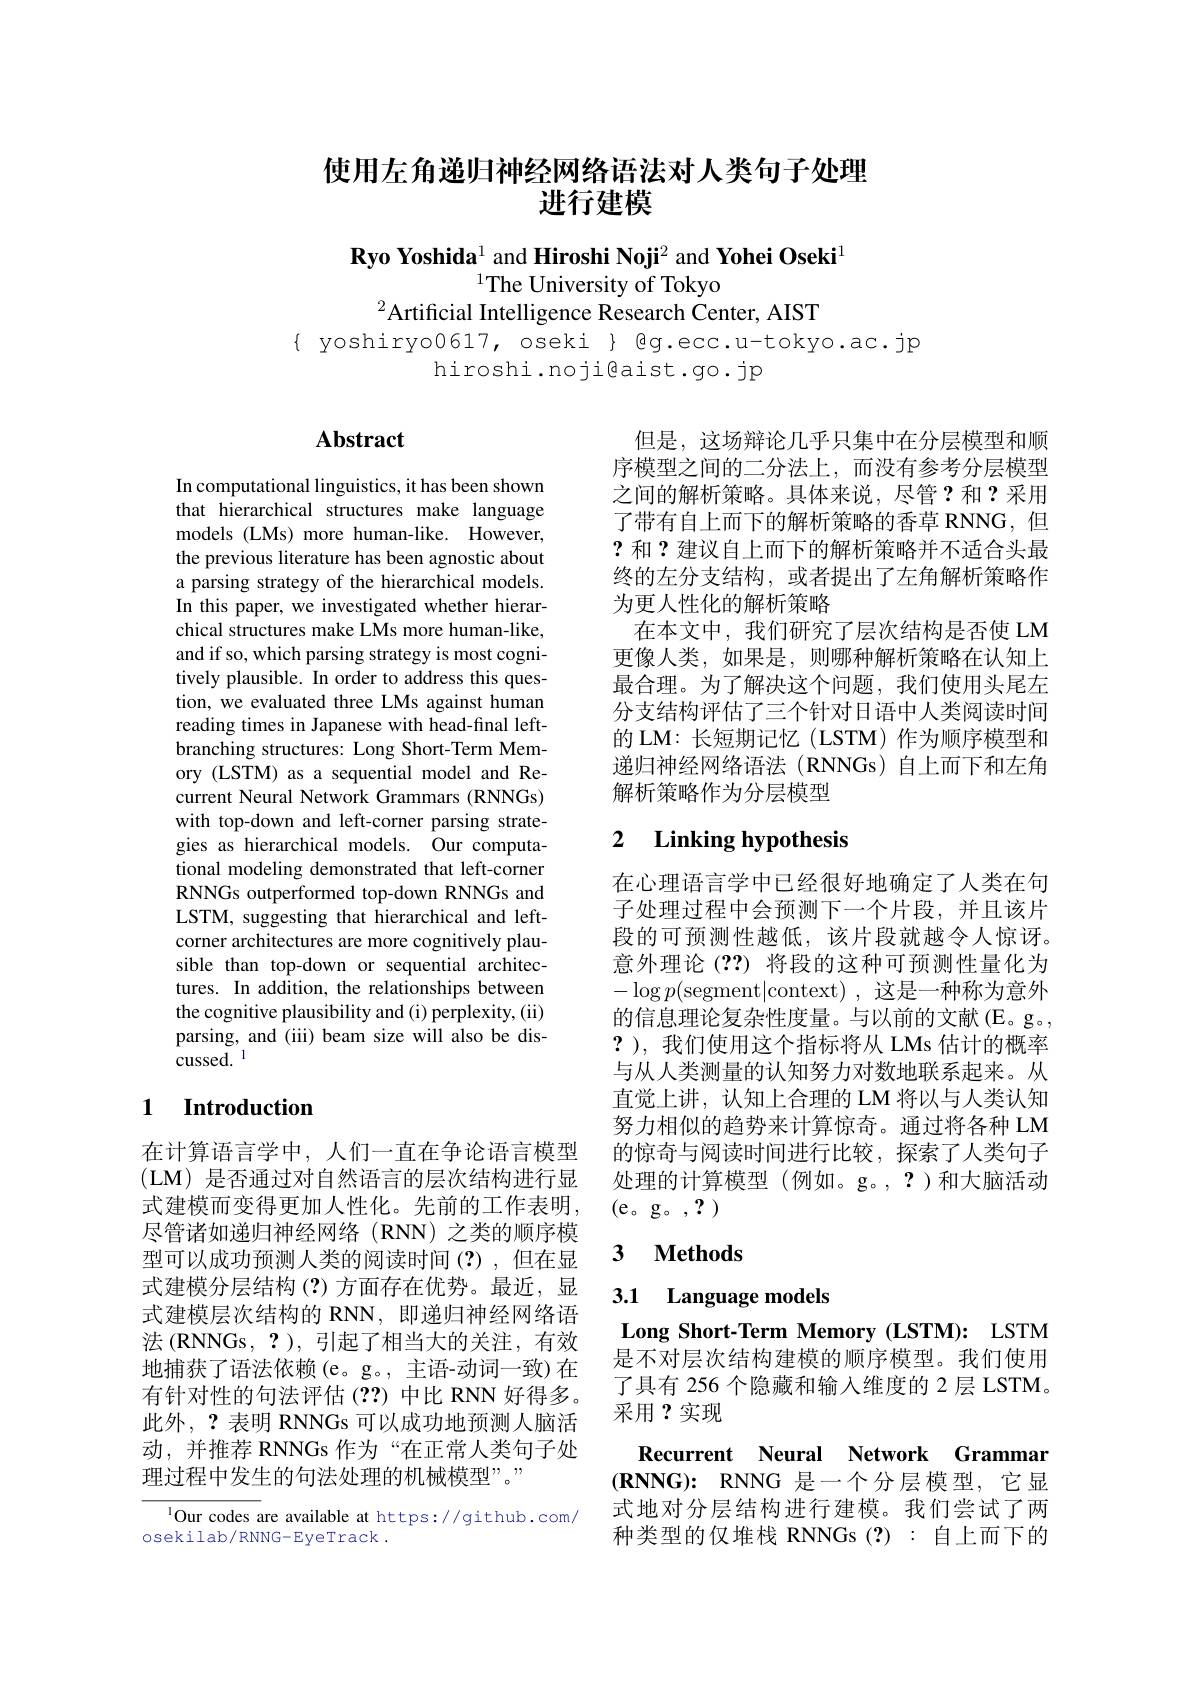
## 使用左角递归神经网络语法对人类句子处理进行建模

Ryo Yoshida$^{1}$ and Hiroshi Noji$^{2}$ and Yohei Oseki$^{1}$
$^{1}$The University of Tokyo
$^{2}$Artificial Intelligence Research Center, AIST

$\{$ yoshiryo0617, oseki $\}$ g.ecc.u-tokyo.ac.jp
hiroshi.noji@aist.go.jp

# Abstract

In computational linguistics, it has been shown that hierarchical structures make language models (LMs) more human-like. However, the previous literature has been agnostic about a parsing strategy of the hierarchical models. In this paper, we investigated whether hierarchical structures make LMs more human-like, and if so, which parsing strategy is most cognitively plausible. In order to address this question, we evaluated three LMs against human reading times in Japanese with head-final leftbranching structures: Long Short-Term Memory (LSTM) as a sequential model and Recurrent Neural Network Grammars (RNNGs) with top-down and left-corner parsing strategies as hierarchical models. Our computational modeling demonstrated that left-corner RNNGs outperformed top-down RNNGs and LSTM, suggesting that hierarchical and leftcorner architectures are more cognitively plausible than top-down or sequential architectures. In addition, the relationships between the cognitive plausibility and (i) perplexity, (ii) parsing, and (iii) beam size will also be dis- $cussed.^1$

### 1 $\textbf{Introduction}$

在计算语言学中，人们一直在争论语言模型(LM) 是否通过对自然语言的层次结构进行显式建模而变得更加人性化。先前的工作表明， 尽管诸如递归神经网络(RNN)之类的顺序模型可以成功预测人类的阅读时间(?),但在显式建模分层结构(?)方面存在优势。最近，显式建模层次结构的 RNN,即递归神经网络语法 (RNNGs, ?), 引起了相当大的关注，有效地捕获了语法依赖(e。g。, 主语-动词一致)在有针对性的句法评估(??)中比 RNN 好得多。此外，?表明 RNNGs 可以成功地预测人脑活动，并推荐 RNNGs 作为“在正常人类句子处理过程中发生的句法处理的机械模型”。

$^{1}$Our codes are available at https://github.com/
osekilab/RNNG-EyeTrack.

但是，这场辩论几乎只集中在分层模型和顺序模型之间的二分法上，而没有参考分层模型之间的解析策略。具体来说，尽管？和？采用了带有自上而下的解析策略的香草 RNNG, 但?和？建议自上而下的解析策略并不适合头最终的左分支结构，或者提出了左角解析策略作为更人性化的解析策略
在本文中，我们研究了层次结构是否使 LM 更像人类，如果是，则哪种解析策略在认知上最合理。为了解决这个问题，我们使用头尾左分支结构评估了三个针对日语中人类阅读时间的 LM: 长短期记忆 (LSTM)作为顺序模型和递归神经网络语法(RNNGs)自上而下和左角解析策略作为分层模型

## 2 Linking hypothesis

在心理语言学中已经很好地确定了人类在句子处理过程中会预测下一个片段，并且该片段的可预测性越低，该片段就越令人惊讶。意外理论(??)将段的这种可预测性量化为$-\log p($segment|context),这是一种称为意外的信息理论复杂性度量。与以前的文献(E。g。, ?),我们使用这个指标将从 LMs 估计的概率与从人类测量的认知努力对数地联系起来。从直觉上讲，认知上合理的 LM 将以与人类认知努力相似的趋势来计算惊奇。通过将各种 LM 的惊奇与阅读时间进行比较，探索了人类句子处理的计算模型(例如。g。,?)和大脑活动(e。g。,?)

## 3 $\textbf{Methods}$

3.1 Language models

Long Short-Term Memory (LSTM): LSTM 是不对层次结构建模的顺序模型。我们使用了具有 256 个隐藏和输入维度的 2 层 LSTM。采用？实现

Recurrent Neural Network Grammar $( \mathbf{RNNG}) {: }$ RNNG 是一个分层模型，它显式地对分层结构进行建模。我们尝试了两种类型的仅堆栈 RNNGs(?):自上而下的